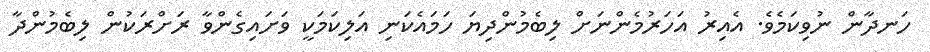
ހަނދާން ނުވިކަމެވެ. އެއިރު އަހަރުމެންނަށް ލިބެމުންދިޔަ ހަމައެކަނި އަލިކަމަކީ ވަށައިގެންވާ ރަށްރަކުން ލިބެމުންދާ